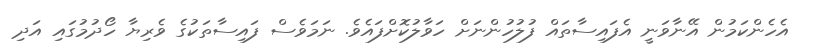
އެހެންކަމުން އޭނާވަނީ އެފައިސާތައް ފުލުހުންނަށް ހަވާލުކޮށްފައެވެ. ނަމަވެސް ފައިސާތަކުގެ ވެރިޔާ ހޯދުމުގައި އަދި